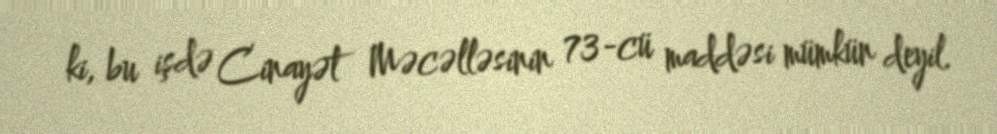
ki, bu işdə Cinayət Məcəlləsinin 73-cü maddəsi mümkün deyil.